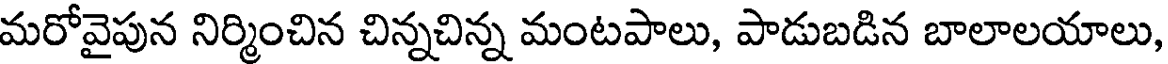
మరోవైపున నిర్మించిన చిన్నచిన్న మంటపాలు, పాడుబడిన బాలాలయాలు,